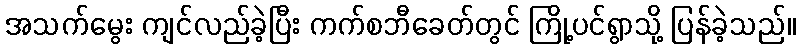
အသက်မွေး ကျင်လည်ခဲ့ပြီး ကက်စဘီခေတ်တွင် ကြို့ပင်ရွာသို့ ပြန်ခဲ့သည်။